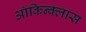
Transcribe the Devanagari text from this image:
ऑकिन्क्लास